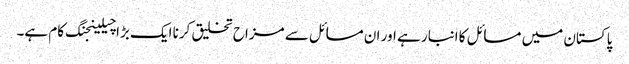
پاکستان میں مسائل کا انبار ہے اور ان مسائل سے مزاح تخلیق کرنا ایک بڑا چیلینجنگ کام ہے۔